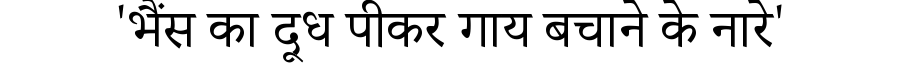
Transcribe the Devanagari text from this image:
'भैंस का दूध पीकर गाय बचाने के नारे'